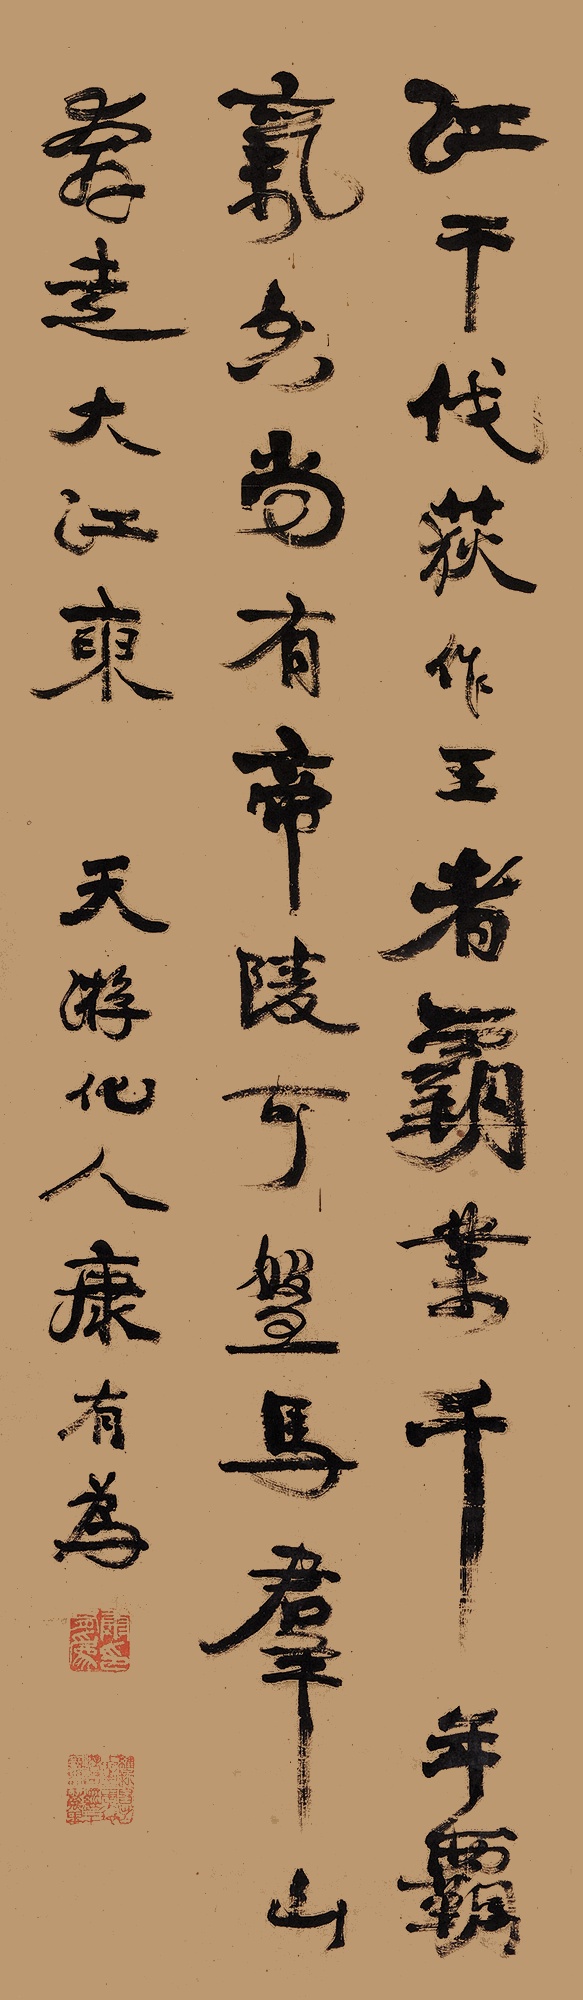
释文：江干伐荻作王者，霸业千年霸气空。尚有帝陵可盘马，群山奔走大江东。天游化人康有为。